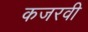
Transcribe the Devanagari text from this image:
कजरवी